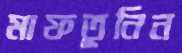
মাফতূনিন